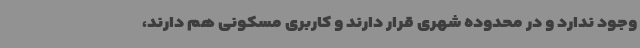
وجود ندارد و در محدوده شهری قرار دارند و کاربری مسکونی هم دارند،